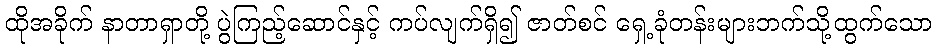
ထိုအခိုက် နာတာရှာတို့ ပွဲကြည့်ဆောင်နှင့် ကပ်လျက်ရှိ၍ ဇာတ်စင် ရှေ့ခုံတန်းများဘက်သို့ထွက်သော